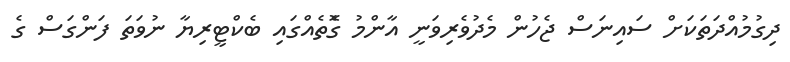
ދިގުމުއްދަތަކަށް ސައިނަސް ޖެހުން މެދުވެރިވަނީ އާންމު ގޮެތެއްގައި ބެކްޓީރިޔާ ނުވަތަ ފަންގަސް ގެ